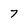
Character: 7